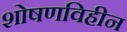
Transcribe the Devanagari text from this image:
शोषणविहीन